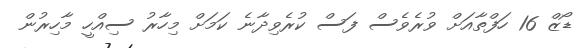
ޑޯޒް 16 ހަފްތާއަށް ވުރެވެސް ފަސް ކުރެވިދާނެ ކަމަށް މިހާރު ސިއްހީ މާހިރުން